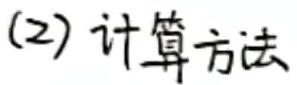
(2) 计算方法